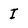
Character: I